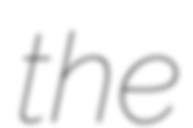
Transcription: the